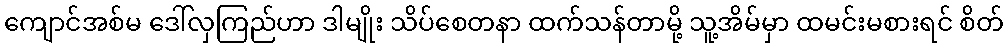
ကျောင်အစ်မ ဒေါ်လှကြည်ဟာ ဒါမျိုး သိပ်စေတနာ ထက်သန်တာမို့ သူ့အိမ်မှာ ထမင်းမစားရင် စိတ်